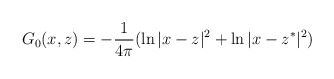
\begin{align*}G_0(x,z)=-\frac 1{4\pi} (\ln |x-z|^2 + \ln |x-z^*|^2 ) \end{align*}